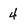
Character: 4